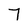
Character: 7